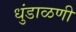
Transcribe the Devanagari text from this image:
धुंडाळणी